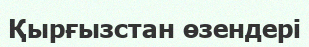
Қырғызстан өзендері